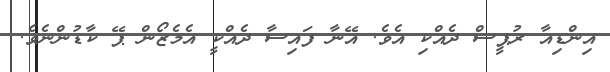
އިންޑިއާ ރުޕީސް ދެއްކި އެވެ. އޭނާ ފައިސާ ދެއްކީ އެމެޒޯން ޕޭ ކާޑުންނެވެ.